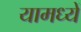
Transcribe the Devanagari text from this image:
यामध्यें